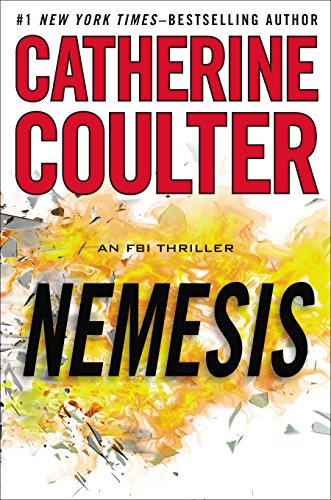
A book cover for Nemesis: An FBI Thriller; Catherine Coulter; Mystery, Thriller & Suspense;